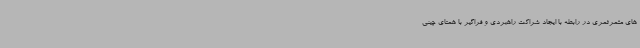
های مثمرثمری در رابطه با ایجاد شراکت راهبردی و فراگیر با همتای چینی